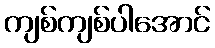
ကျစ်ကျစ်ပါအောင်